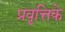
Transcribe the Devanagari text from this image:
प्रवृत्तिके